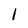
Character: 1